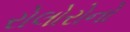
રોલોરોનો